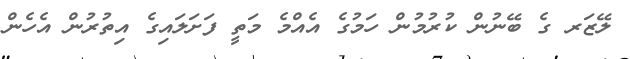
ލޭޒަރ ގެ ބޭނުން ކުރުމުން ހަމުގެ އެއްމެ މަތީ ފަށަލައިގެ އިތުރުން އެހެން